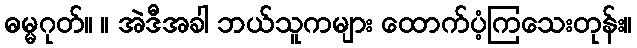
ဓမ္မဂုတ်။ ။ အဲဒီအခါ ဘယ်သူကများ ထောက်ပံ့ကြသေးတုန်း။